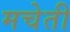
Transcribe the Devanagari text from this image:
मचेती